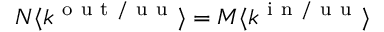
N \langle k ^ { \mathrm { ~ o ~ u ~ t ~ / ~ u ~ u ~ } } \rangle = M \langle k ^ { \mathrm { ~ i ~ n ~ / ~ u ~ u ~ } } \rangle